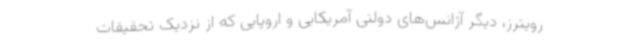
رویترز، دیگر آژانس‌های دولتی آمریکایی و اروپایی که از نزدیک تحقیقات